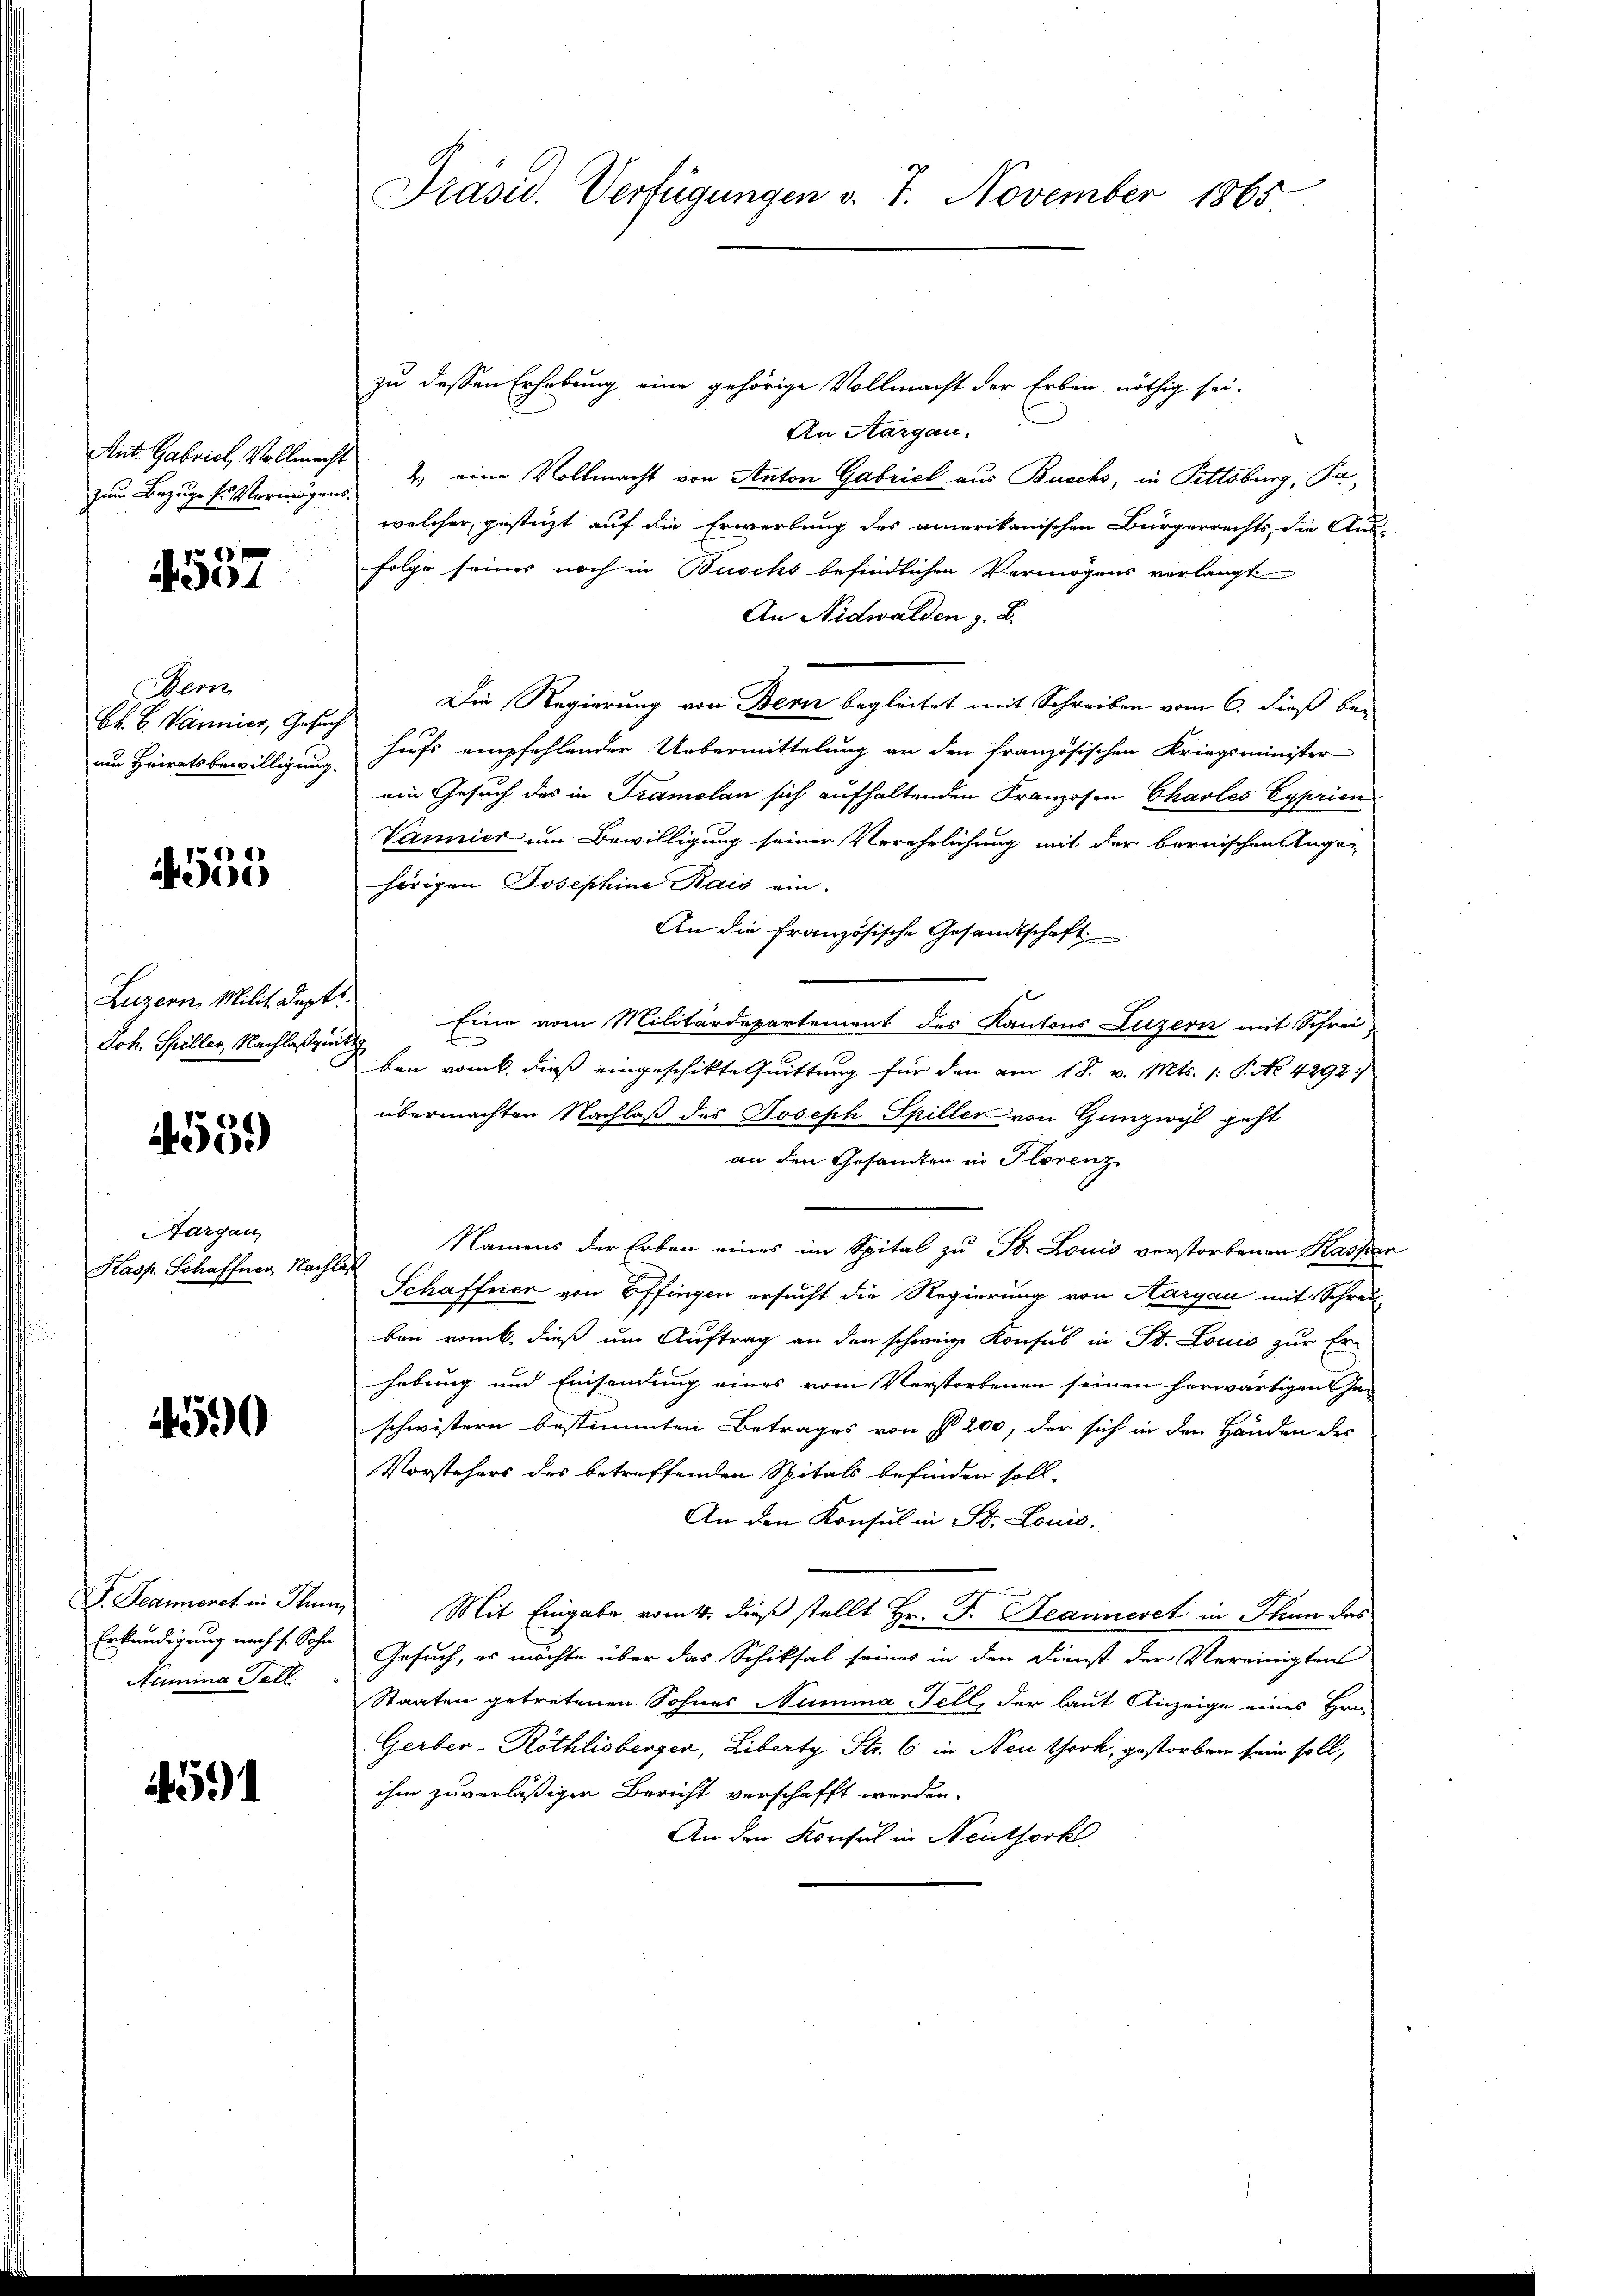
Ant. Gabrich, Vollmacht

4557

Dem
Bk. B. Vannier, Gesuch

4555

Luzern, Milit Kapt
Joh. Spiller, Nachlaßguit

4559)

Aargau
Kasp. Schaffner, Nach

14590

S. Jeanneret in Thun,
Numina Tell

4591

zu dessen Erhebung eine gehörige Vollmacht der Erben nöthig sei.
An Aargau
zum Bezugskostermögens 4 eine Vollmacht von Anton Gabriel aus Buchs, in Pittsburg, Pawelcher, gestüzt auf die Erwerbung des amerikanischen Bürgerrechts, die Aus-
folge seines noch in Buscht befindlichen Vermögens verlangt
An Nidwalden z. B.
Die Regierung von Bern begleitet mit Schreiben vom 6. dieß beum Heiratsbewilligung hufs empfehlender Uebermittelung an den französischen Kriegsminister
ein Gesuch des in Tramelan sich aufhaltenden Franzosen Chales Eyprion
Vannier um Bewilligung seiner Verehelichung mit der bernischen sagen
hörigen Josephine Kais ein.
An die französische Gesandtschaft
Eine vom Militärdepartement des Kantons Luzern mit Schreiben vomb, dieß eingeschikte Quittung für den am 18. v. Mts. 1. P. No 4292/
übermachten Nachlaß des Joseph Spiller von Gunzwyl geht
an den Gesamten in Florenz
Namens der Erben eines im Spital zu St. Louis verstorbenen Kasser
f
Schaffner von Offingen ersucht die Regierung von Aargau mit Schrei-
ben romb. dieß um Auftrag an den schweiz. Konsul in St. Louis zur Er-
hebung und Einsendung eines vom Verstorbenen seinen herwärtigen Inschwistern bestimmten Betrages von § 200, der sich in den Händen des
Vorstehers des betreffenden Spitals befinden soll-
An den Konsul in St. Louis.
Mit Eingabe vom 4. dieß stellt Hr. F. Jeanneret in Thun das
Erkundigung nach s. Sohn Gesuch, es möchte über das Schiksal seines in den Dienst der Vereinigten
Staaten getretenen Sohnes Numma Fell, der laut Anzeige eines Hrn.
Gerber-Röthlisberger, Libert Str. 6 in Neu York, gestorben sein soll,
ihm zuverläßigen Bericht verschafft werden.
An den Konsul in Neuthork

Präsid. Verfügungen v. 7. November 1865